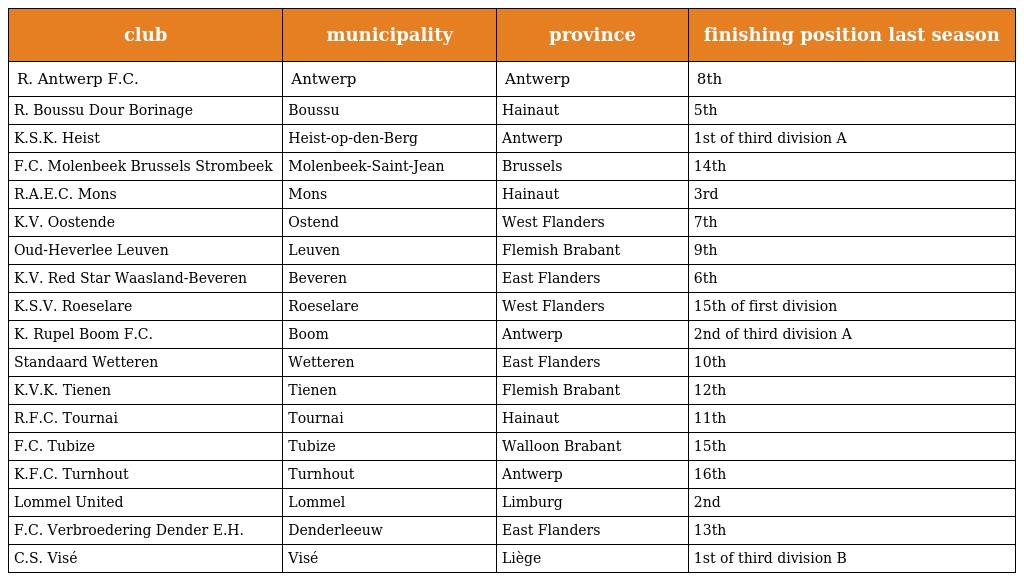
| club | municipality | province | finishing position last season |
 | --- | --- | --- | --- |
 | R. Antwerp F.C. | Antwerp | Antwerp | 8th |
 | R. Boussu Dour Borinage | Boussu | Hainaut | 5th |
 | K.S.K. Heist | Heist-op-den-Berg | Antwerp | 1st of third division A |
 | F.C. Molenbeek Brussels Strombeek | Molenbeek-Saint-Jean | Brussels | 14th |
 | R.A.E.C. Mons | Mons | Hainaut | 3rd |
 | K.V. Oostende | Ostend | West Flanders | 7th |
 | Oud-Heverlee Leuven | Leuven | Flemish Brabant | 9th |
 | K.V. Red Star Waasland-Beveren | Beveren | East Flanders | 6th |
 | K.S.V. Roeselare | Roeselare | West Flanders | 15th of first division |
 | K. Rupel Boom F.C. | Boom | Antwerp | 2nd of third division A |
 | Standaard Wetteren | Wetteren | East Flanders | 10th |
 | K.V.K. Tienen | Tienen | Flemish Brabant | 12th |
 | R.F.C. Tournai | Tournai | Hainaut | 11th |
 | F.C. Tubize | Tubize | Walloon Brabant | 15th |
 | K.F.C. Turnhout | Turnhout | Antwerp | 16th |
 | Lommel United | Lommel | Limburg | 2nd |
 | F.C. Verbroedering Dender E.H. | Denderleeuw | East Flanders | 13th |
 | C.S. Visé | Visé | Liège | 1st of third division B |